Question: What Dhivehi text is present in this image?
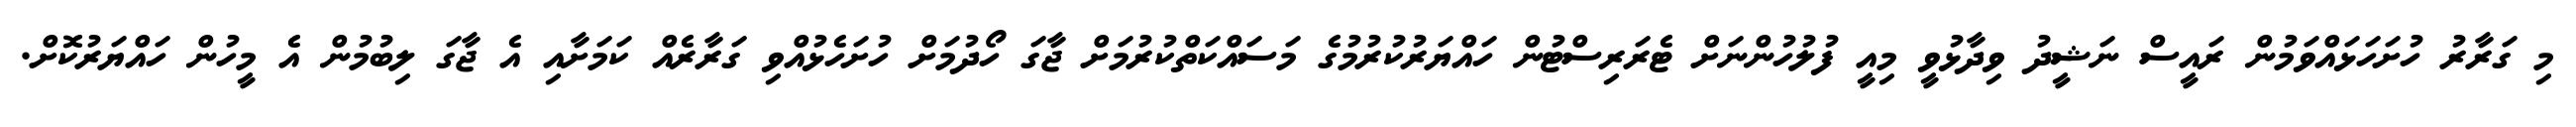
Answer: މި ގަރާރު ހުށަހަޅައްވަމުން ރައީސް ނަޝީދު ވިދާޅުވީ މިއީ ފުލުހުންނަށް ޓެރަރިސްޓުން ހައްޔަރުކުރުމުގެ މަސައްކަތްކުރުމަށް ޖާގަ ހޯދުމަށް ހުށަހެޅުއްވި ގަރާރެއް ކަމަށާއި އެ ޖާގަ ލިބުމުން އެ މީހުން ހައްޔަރުކޮށް.